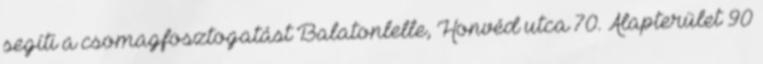
segíti a csomagfosztogatást Balatonlelle, Honvéd utca 70. Alapterület 90